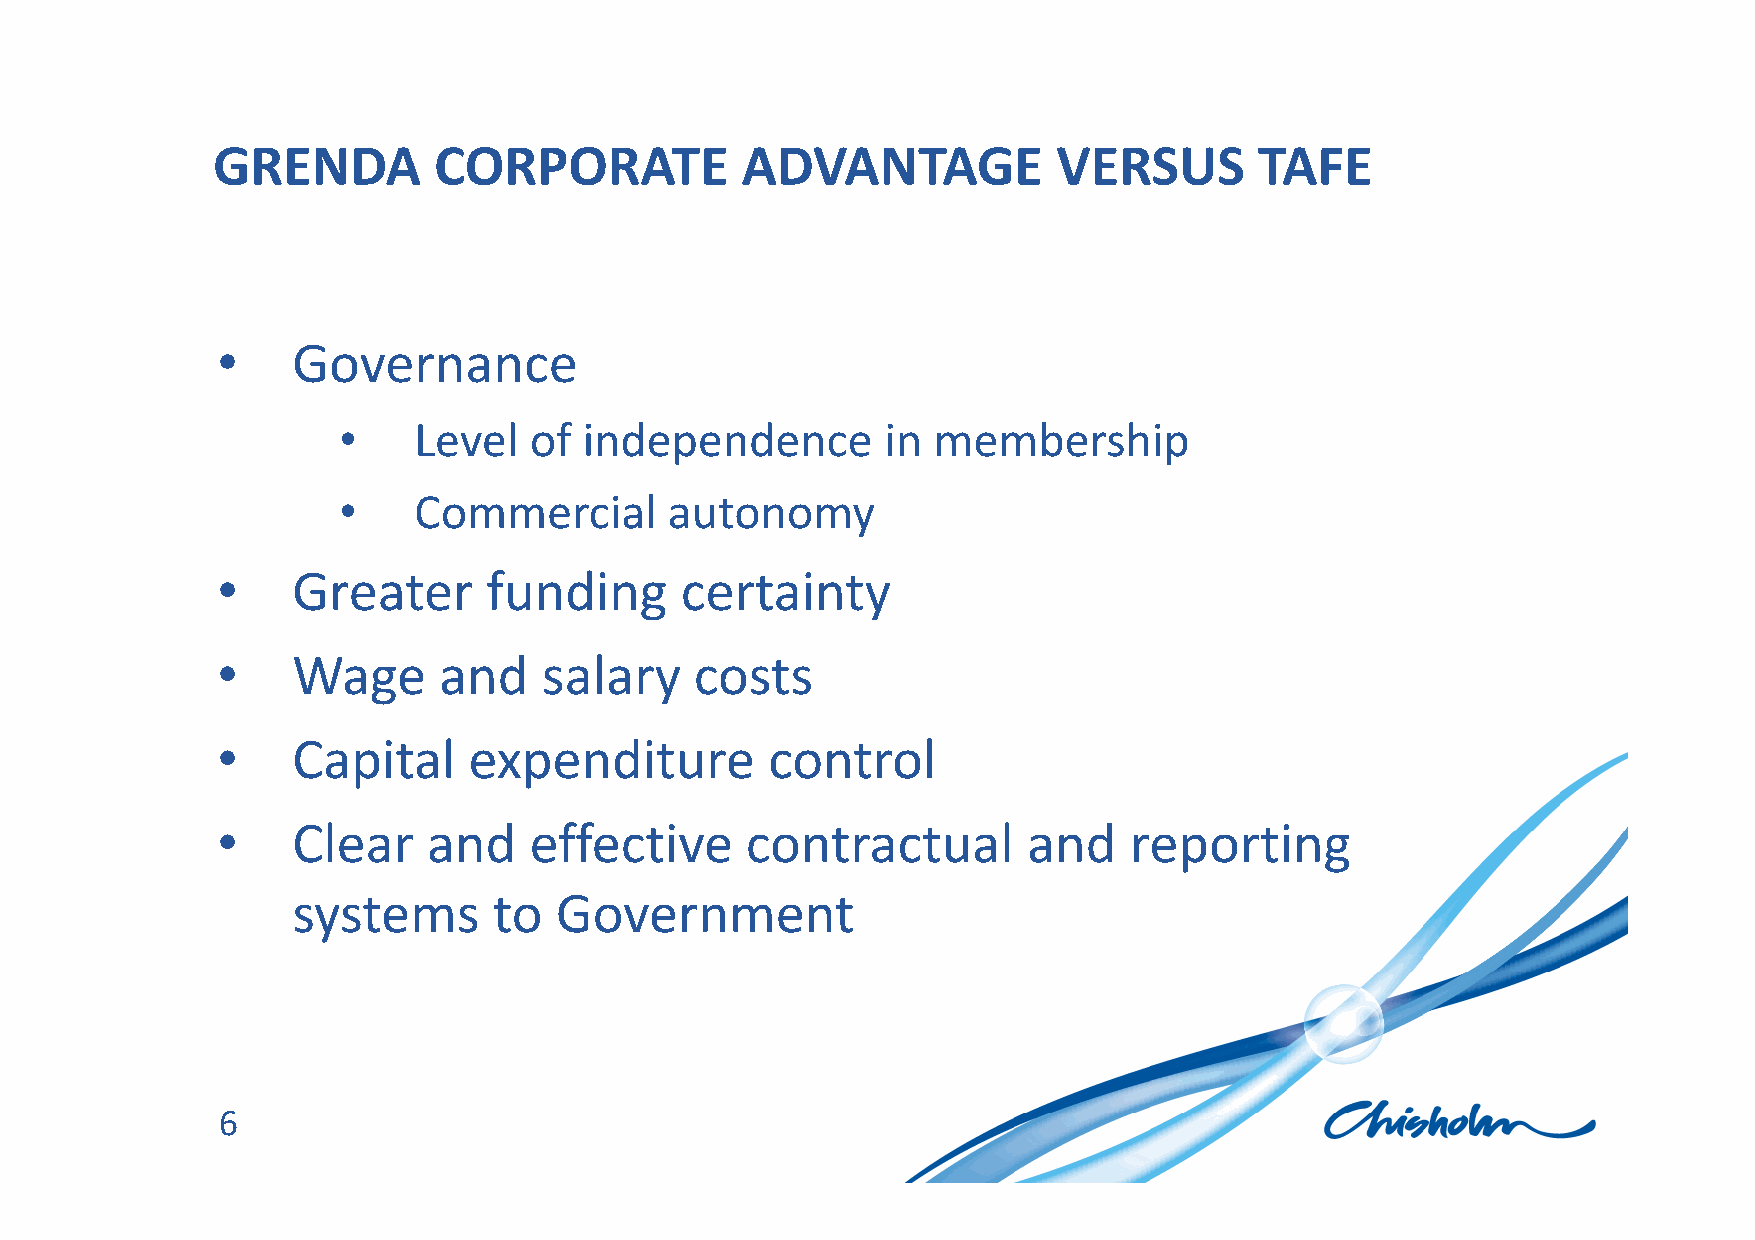
CLICK        TO    EDIT       MASTER            TITLE       STYLE
 GRENDA         CORPORATE           ADVANTAGE            VERSUS       TAFE
 C• licGko tvoe rendanitc eMaster    text    styles
 •    Level   of  independence        in membership
 •  Second       level
 •    Commercial       autonomy
 −  Third   level
 •    Greater      funding      certainty
 •    Wage      and    salary    costs
 •    Capital     expenditure         control
 •    Clear    and    effective     contractual        and    reporting
 systems       to  Government
 6